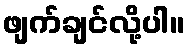
ဖျက်ချင်လို့ပါ။